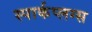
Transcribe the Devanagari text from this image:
स्पार्कप्लग्स